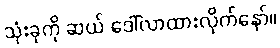
သုံးခုကို ဆယ် ဒေါ်လာထားလိုက်နော်။